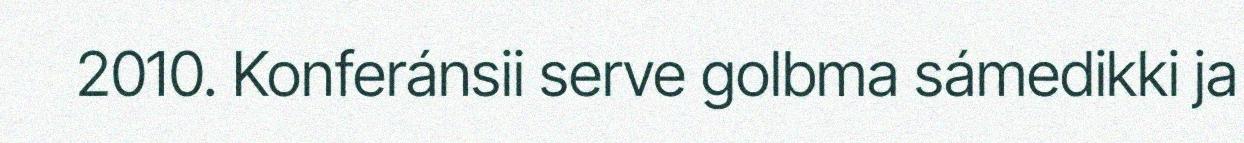
2010. Konferánsii serve golbma sámedikki ja